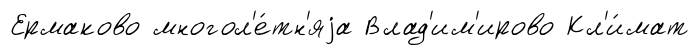
Ермаково многол'е́тн'яjа Влад'им'ирово Кл'и́мат